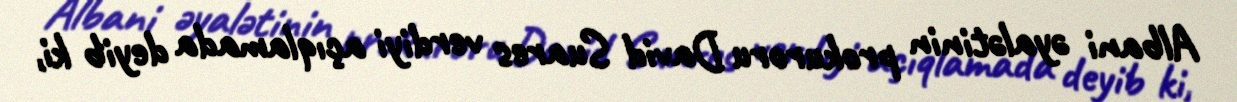
Albani əyalətinin prokuroru David Suares verdiyi açıqlamada deyib ki,